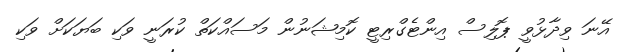
އޭނަ ވިދާޅުވީ ޕޮލިސް އިންޓެގްރިޓީ ކޮމިޝަނުން މަސައްކަތް ކުރަނީ ވަކި ބަޔަކަށް ވަކި